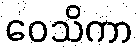
ဝေသိကာ